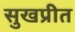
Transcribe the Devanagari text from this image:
सुखप्रीत